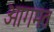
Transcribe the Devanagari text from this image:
आगमत